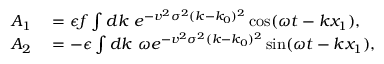
\begin{array} { r l } { A _ { 1 } } & { { } = \epsilon f \int d k \ e ^ { - v ^ { 2 } \sigma ^ { 2 } ( k - k _ { 0 } ) ^ { 2 } } \cos ( \omega t - k x _ { 1 } ) , } \\ { A _ { 2 } } & { { } = - \epsilon \int d k \ \omega e ^ { - v ^ { 2 } \sigma ^ { 2 } ( k - k _ { 0 } ) ^ { 2 } } \sin ( \omega t - k x _ { 1 } ) , } \end{array}